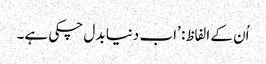
اُن کے الفاظ: ’اب دنیا بدل چکی ہے۔